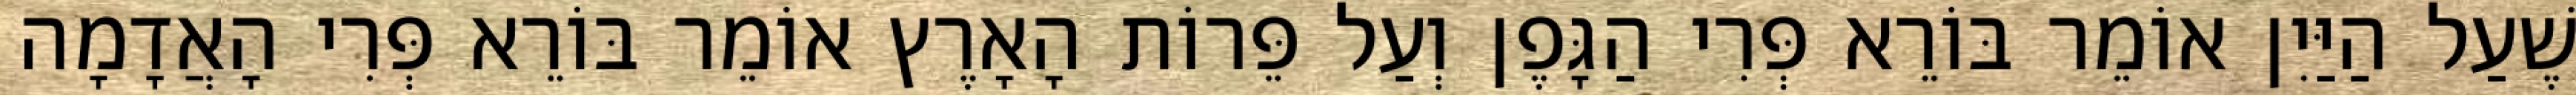
שֶׁעַל הַיַּיִן אוֹמֵר בּוֹרֵא פְּרִי הַגָּפֶן וְעַל פֵּרוֹת הָאָרֶץ אוֹמֵר בּוֹרֵא פְּרִי הָאֲדָמָה